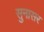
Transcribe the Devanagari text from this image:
सुनासर